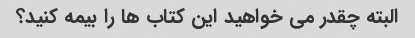
البته چقدر می خواهید این کتاب ها را بیمه کنید؟